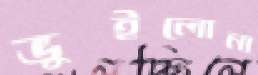
ভুইলোনা